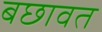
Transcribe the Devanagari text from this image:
बछावत